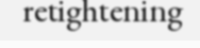
retightening